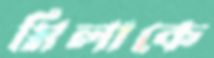
মিলাকে